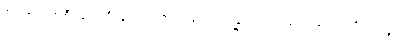
မိတ်၏ပျက်စီးခြင်းကိုလျှင်ရွံရှာသည်ဖြစ်၍။ ရန္ဓမေဝ၊ အခွင့်အပေါက်ကိုသာလျှင်။